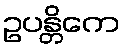
ဥပန္တိကေ